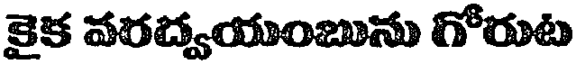
కైక వరద్వయంబును గోరుట